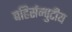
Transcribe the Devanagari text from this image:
बहिर्सम्पुटीय